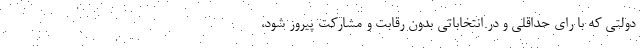
دولتی که با رای حداقلی و در انتخاباتی بدون رقابت و مشارکت پیروز شود،